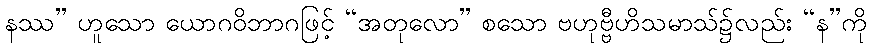
နဿ” ဟူသော ယောဂဝိဘာဂဖြင့် “အတုလော” စသော ဗဟုဗ္ဗီဟိသမာသ်၌လည်း “န”ကို